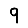
Digit: 9